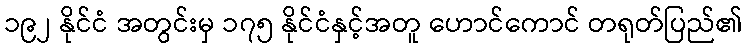
၁၉၂ နိုင်ငံ အတွင်းမှ ၁၇၅ နိုင်ငံနှင့်အတူ ဟောင်ကောင် တရုတ်ပြည်၏